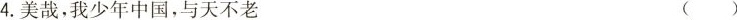
4.美哉，我少年中国，与天不老 ()